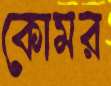
কোমর